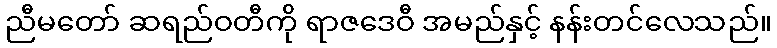
ညီမတော် ဆရည်ဝတီကို ရာဇဒေဝီ အမည်နှင့် နန်းတင်လေသည်။